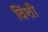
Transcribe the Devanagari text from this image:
विंशी